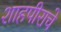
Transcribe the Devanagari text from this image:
शाहपीराचे